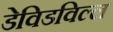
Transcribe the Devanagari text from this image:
डेविडविल्ल